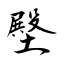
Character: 壂